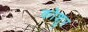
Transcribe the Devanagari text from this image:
कोशूर